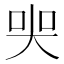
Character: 𡘜